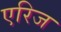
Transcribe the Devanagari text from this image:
एरिज